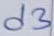
Text: d3